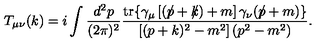
T _ { \mu \nu } ( k ) = i \int \frac { d ^ { 2 } p } { ( 2 \pi ) ^ { 2 } } \frac { \mathrm { t r } \{ \gamma _ { \mu } \left[ ( p \! \! \! \slash + k \! \! \! \slash ) + m \right] \gamma _ { \nu } ( p \! \! \! \slash + m ) \} } { \left[ ( p + k ) ^ { 2 } - m ^ { 2 } \right] ( p ^ { 2 } - m ^ { 2 } ) } .